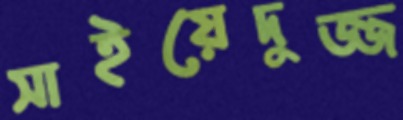
সাইয়েদুজ্জ